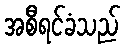
အစီရင်ခံသည်